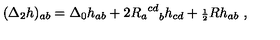
( { \Delta } _ { 2 } h ) _ { a b } = { \Delta } _ { 0 } h _ { a b } + 2 { { R _ { a } } ^ { c d } } _ { b } h _ { c d } + { \scriptstyle { \frac { 1 } { 2 } } } R h _ { a b } \ ,